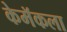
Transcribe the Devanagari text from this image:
केमॅकला